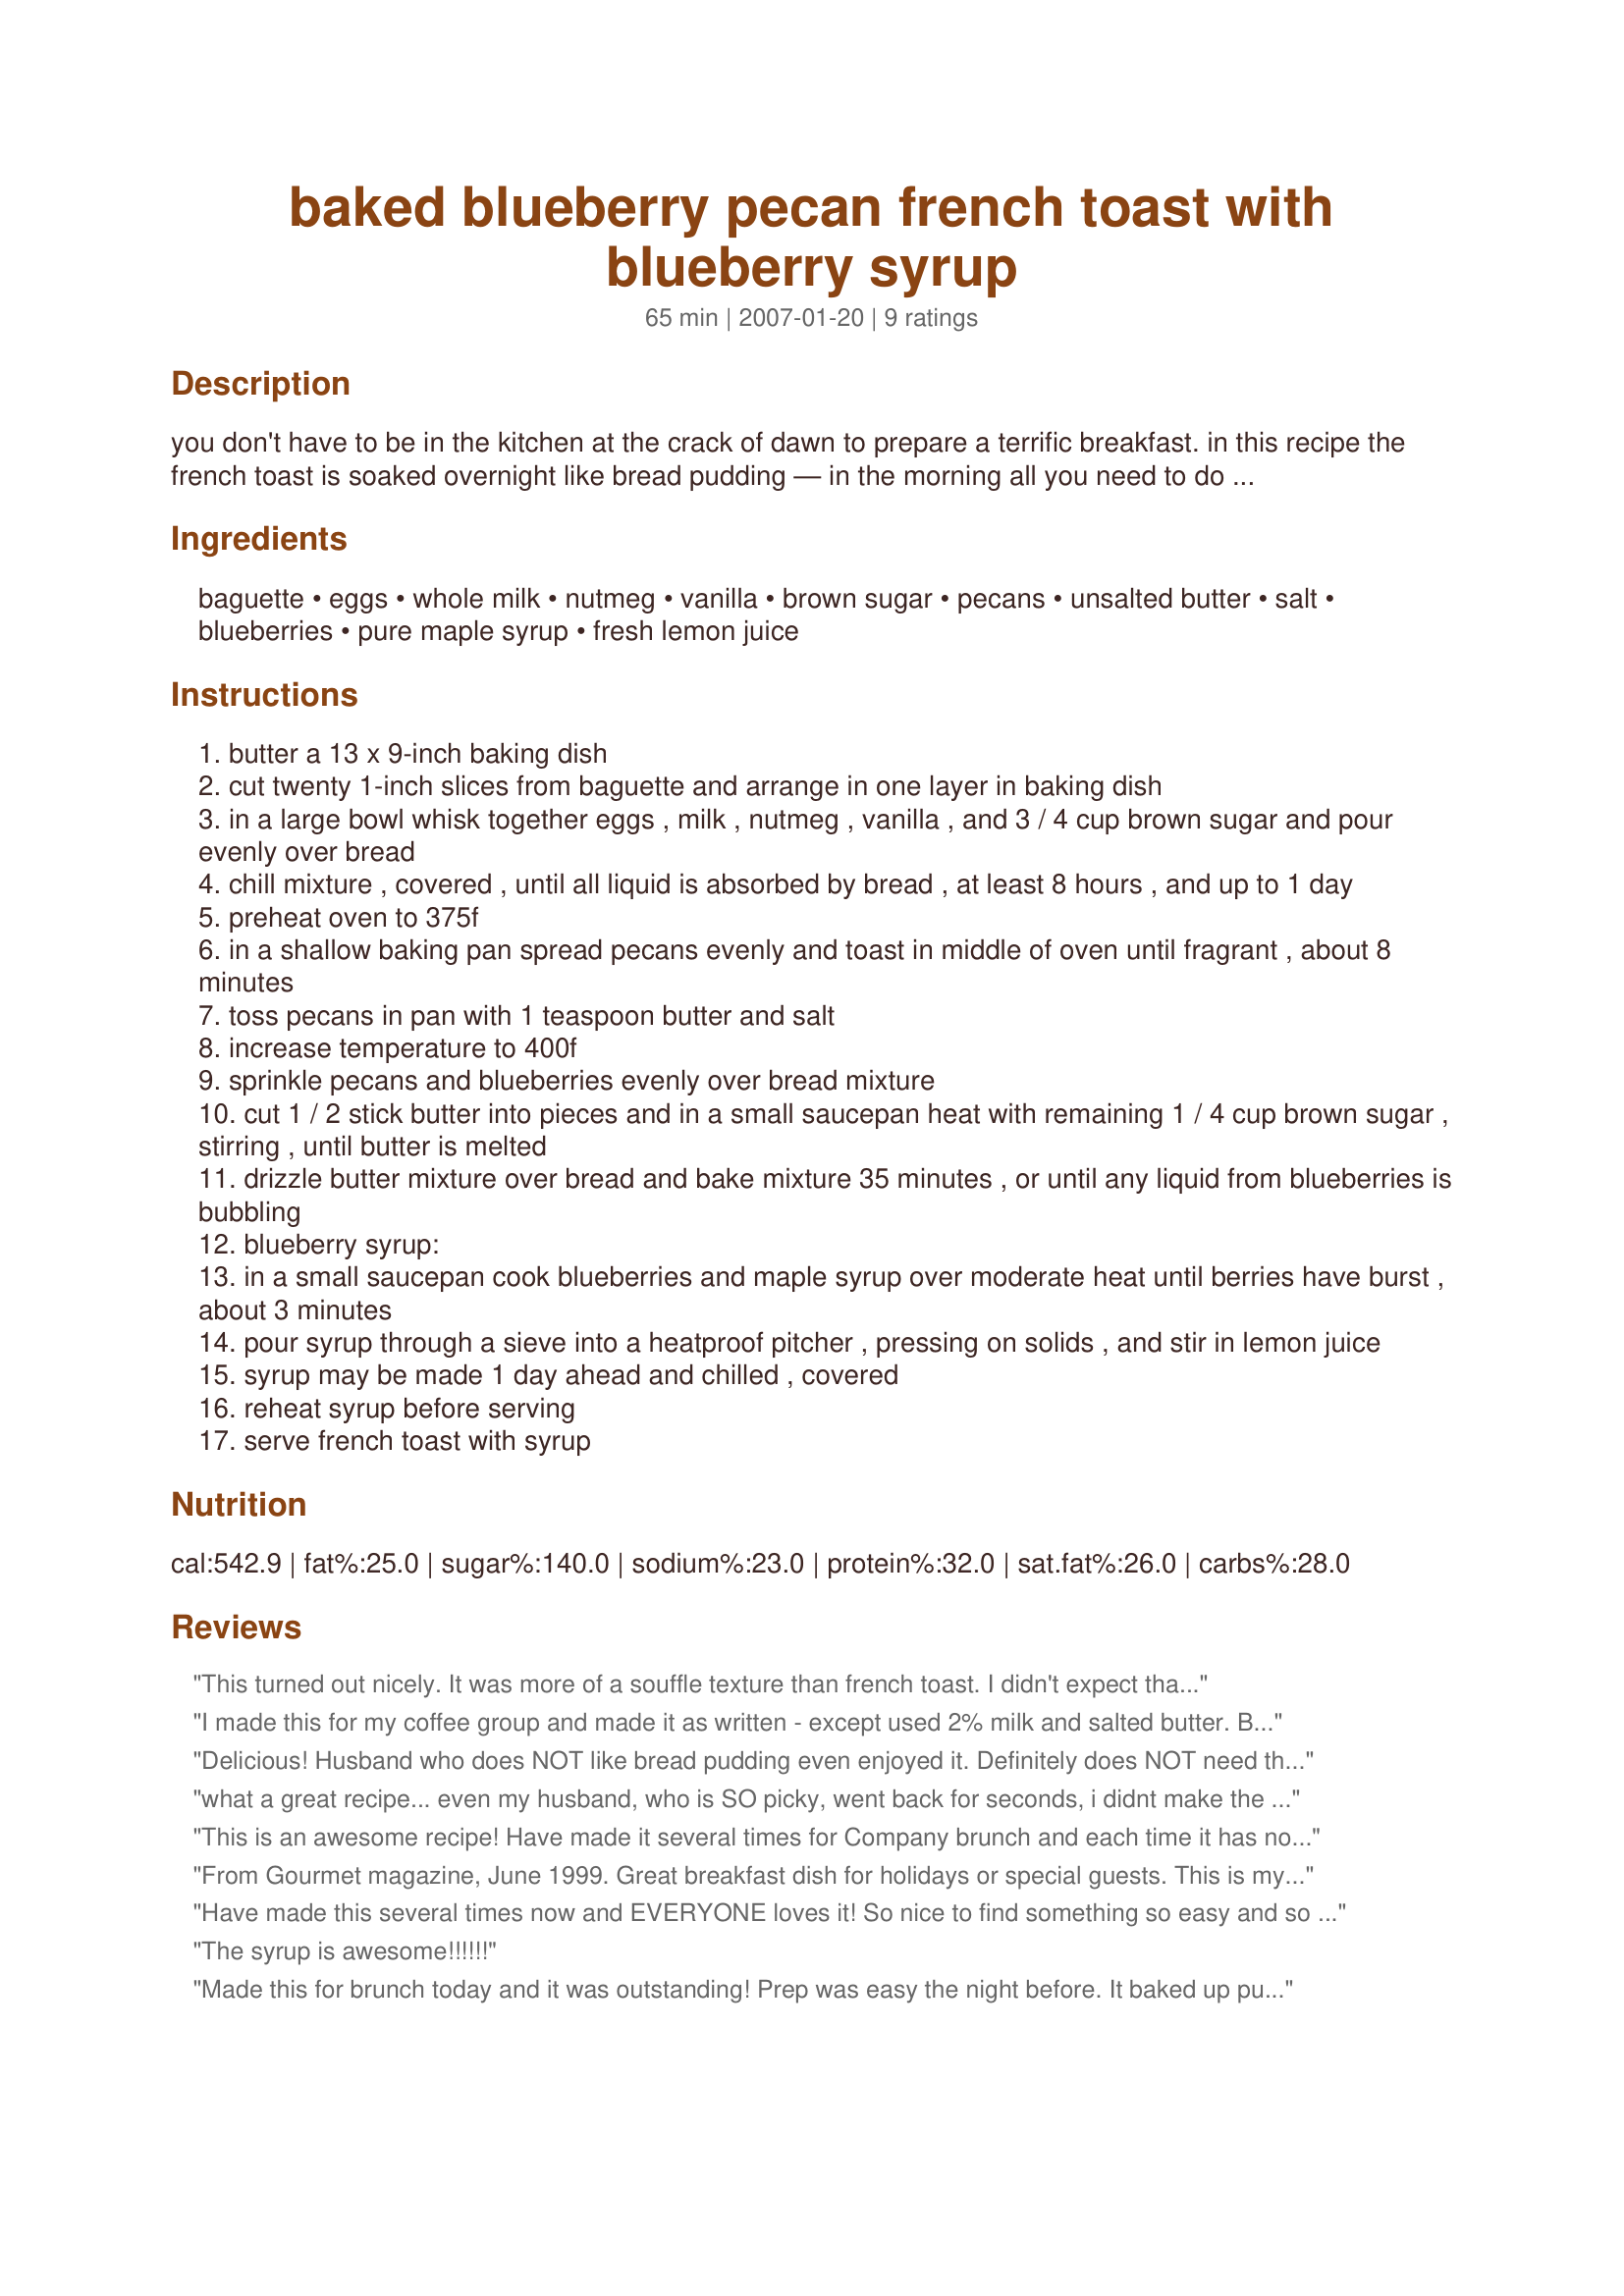
baked blueberry pecan french toast with blueberry syrup
Preparation time: 65 minutes

you don't have to be in the kitchen at the crack of dawn to prepare a terrific breakfast. in this recipe the french toast is soaked overnight like bread pudding — in the morning all you need to do is add the topping and pop it in the oven. serve it with coffee, juice, and fresh fruit and you've got a well-rounded way to start the day.

Ingredients:
baguette, eggs, whole milk, nutmeg, vanilla, brown sugar, pecans, unsalted butter, salt, blueberries, pure maple syrup, fresh lemon juice

Steps:
butter a 13 x 9-inch baking dish
cut twenty 1-inch slices from baguette and arrange in one layer in baking dish
in a large bowl whisk together eggs , milk , nutmeg , vanilla , and 3 / 4 cup brown sugar and pour evenly over bread
chill mixture , covered , until all liquid is absorbed by bread , at least 8 hours , and up to 1 day
preheat oven to 375f
in a shallow baking pan spread pecans evenly and toast in middle of oven until fragrant , about 8 minutes
toss pecans in pan with 1 teaspoon butter and salt
increase temperature to 400f
sprinkle pecans and blueberries evenly over bread mixture
cut 1 / 2 stick butter into pieces and in a small saucepan heat with remaining 1 / 4 cup brown sugar , stirring , until butter is melted
drizzle butter mixture over bread and bake mixture 35 minutes , or until any liquid from blueberries is bubbling
blueberry syrup:
in a small saucepan cook blueberries and maple syrup over moderate heat until berries have burst , about 3 minutes
pour syrup through a sieve into a heatproof pitcher , pressing on solids , and stir in lemon juice
syrup may be made 1 day ahead and chilled , covered
reheat syrup before serving
serve french toast with syrup

Reviews:
This turned out nicely. It was more of a souffle texture than french toast. I didn't expect that but it was very good. I made it last night and cooked it this morning for our visiting family. They all liked it. I followed the recipe exactly except I used 2% milk and omitted the pecans. It was really sweet enough on it's own without the syrup. So, some of us ate it plain. :-) Thanks for posting the recipe!
I made this for my coffee group and made it as written - except used 2% milk and salted butter. Based on what the other reviewers said, I did not make the syrup and it totally did not need it. It looked a little runny when I initially took it out of the oven but "set" within a couple of minutes. If I had cooked it until it looked "set" it would have been dry. It is a lot like bread pudding.
I was happy to have a recipe I could partially put together the night before. This was amazingly wonderful - full of flavor! My friends all remarked about how delicious it was. Leftovers reheat well in the microwave.
Delicious! Husband who does NOT like bread pudding even enjoyed it. Definitely does NOT need the full cup of brown sugar (especially if using the syrup)! We cut it down considerably, replaced part it with splenda as well. We did make the syrup. Might not be necessary, but I LOVE maple and blueberries. Planning to make more of the syrup for my next batch of blueberry pancakes as well! Used 1/2 of a large loaf of french bread, and filled the remainder of the pan with regular cinnamon raisin bread, double stacked to equal the height of the french bread pieces. I baked this covered for the first 20 minutes to help keep it from drying out and to keep the pecans and blueberries from overbrowning. Thank you! We will make again!
what a great recipe... even my husband, who is SO picky, went back for seconds, i didnt make the syrup though, was really yummy with just real maple... will definitely make again!
This is an awesome recipe! Have made it several times for Company brunch and each time it has not failed to earn rave compliments! I have sometimes omitted the syrup step, using maple or store-bought blueberry syrup and it&#039;s still great!
From Gourmet magazine, June 1999. Great breakfast dish for holidays or special guests. This is my favorite breakfast dish and I love that you can prepare the night before. The blueberry syrup is excellent. Update: I use one (24") baguette and cut all the other ingredients in half with the exception of the brown sugar which I reduce to 1/4 cup for Step 2 and 1/8 cup for Step 6. Regarding steps 6 & 7: First I drizzle bread with butter-sugar mixture and bake for 20 minutes. Then I sprinkle with pecans and blueberries and bake for 15 minutes. This prevents the pecans from becoming "overdone". Baking time may vary depending on your oven.
Have made this several times now and EVERYONE loves it! So nice to find something so easy and so good (and pretty healthy!). Like other reviewers, I made slight changes. I used 1-1/4 to 1-1/2 cups of egg substitute, 2 cups of skim milk, pumpkin pie spice (because I didn't have plain nutmeg on hand), 1/4 cup brown sugar/splenda mix for Step 2 (equals 1/2 cup regular brown sugar) and 2T (equal to 1/4 cup regular) in Step 6. I used 2.5T of butter in Step 6.

My daughter has nut allergies so we skip the pecans. Also don't use any syrup at all and the kids can't eat it fast enough. It's already sweet enough with the brown sugar.

Can't recommend this highly enough. Good to reduce the liquid slightly so it's slightly less like a souffle or bread pudding. Super delicious!! Thank you!
The syrup is awesome!!!!!!
Made this for brunch today and it was outstanding! Prep was easy the night before. It baked up puffy and beautiful. Blueberries never burst like I thought they would, which didn't affect things either way. Overall, it was a fantastic dish.
